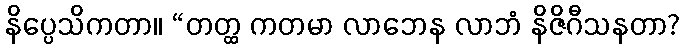
နိပ္ပေသိကတာ။ “တတ္ထ ကတမာ လာဘေန လာဘံ နိဇိဂီသနတာ?